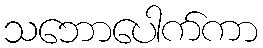
သဘောပေါက်ကာ